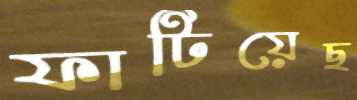
ফাটিয়েছ